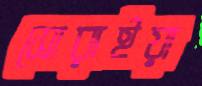
সোরাইয়া